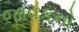
જાવકનો